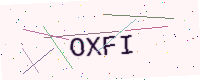
Text: OXFI